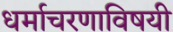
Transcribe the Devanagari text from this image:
धर्माचरणाविषयी